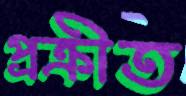
প্রক্রীত